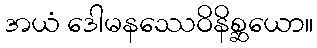
အယံ ဒေါမနဿေဝိနိစ္ဆယော။